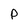
Character: P